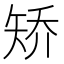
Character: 矫